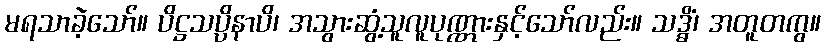
မရသာခဲ့သော်။ ပိဋ္ဌသပ္ပိနာပိ၊ အသွားဆွံ့သူလူပုဏ္ဏားနှင့်သော်လည်း။ သဒ္ဓိံ၊ အတူတကွ။